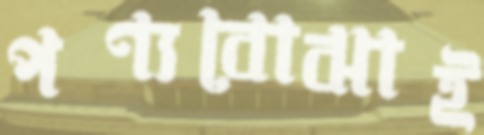
পণ্যবোঝাই